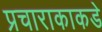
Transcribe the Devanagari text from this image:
प्रचाराकाकडे